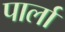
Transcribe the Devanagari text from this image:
पार्ला